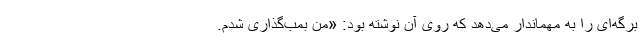
برگه‌ای را به مهماندار می‌دهد که روی آن نوشته بود: «من بمب‌گذاری شدم.